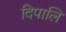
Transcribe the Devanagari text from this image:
दिपालि